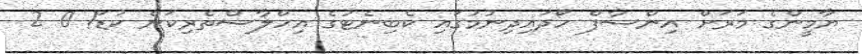
ޔާމީންގެ މަރަށް އިންސާފް ހޯދައިދިނުމުގައި ކެބިނެޓުގެ އިހްލާސްތެރިކަން ކުޑަ! 0 2